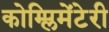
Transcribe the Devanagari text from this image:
कोम्प्लिमेंटेरी